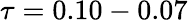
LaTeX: \tau=0.10-0.07